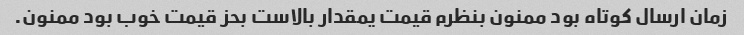
زمان ارسال کوتاه بود ممنون بنظرم قیمت یمقدار بالاست بحز قیمت خوب بود ممنون.